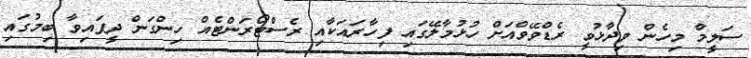
ސަލީމް މިހެން ވިދާޅުވީ ރެޑްވޭވްއަށް ހުޅުމާލޭގައި ފިހާރައަކާއި ރެސްޓޯރަންޓެއް ހިންގަން ދީފައިވާ ބިމުގައި